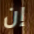
إن